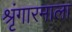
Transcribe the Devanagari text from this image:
श्रृंगारमाला